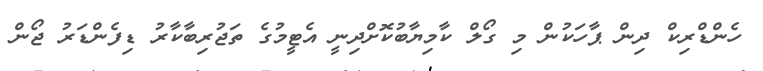
ހެންޑްރިކް ދިން ޕާހަކުން މި ގޯލް ކާމިޔާބުކޮށްދިނީ އެޓީމުގެ ތަޖުރިބާކާރު ޑިފެންޑަރު ޖޯން